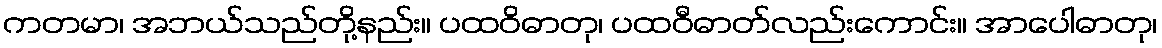
ကတမာ၊ အဘယ်သည်တို့နည်း။ ပထဝိဓာတု၊ ပထဝီဓာတ်လည်းကောင်း။ အာပေါဓာတု၊